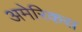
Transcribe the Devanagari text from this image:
अमेरिकस